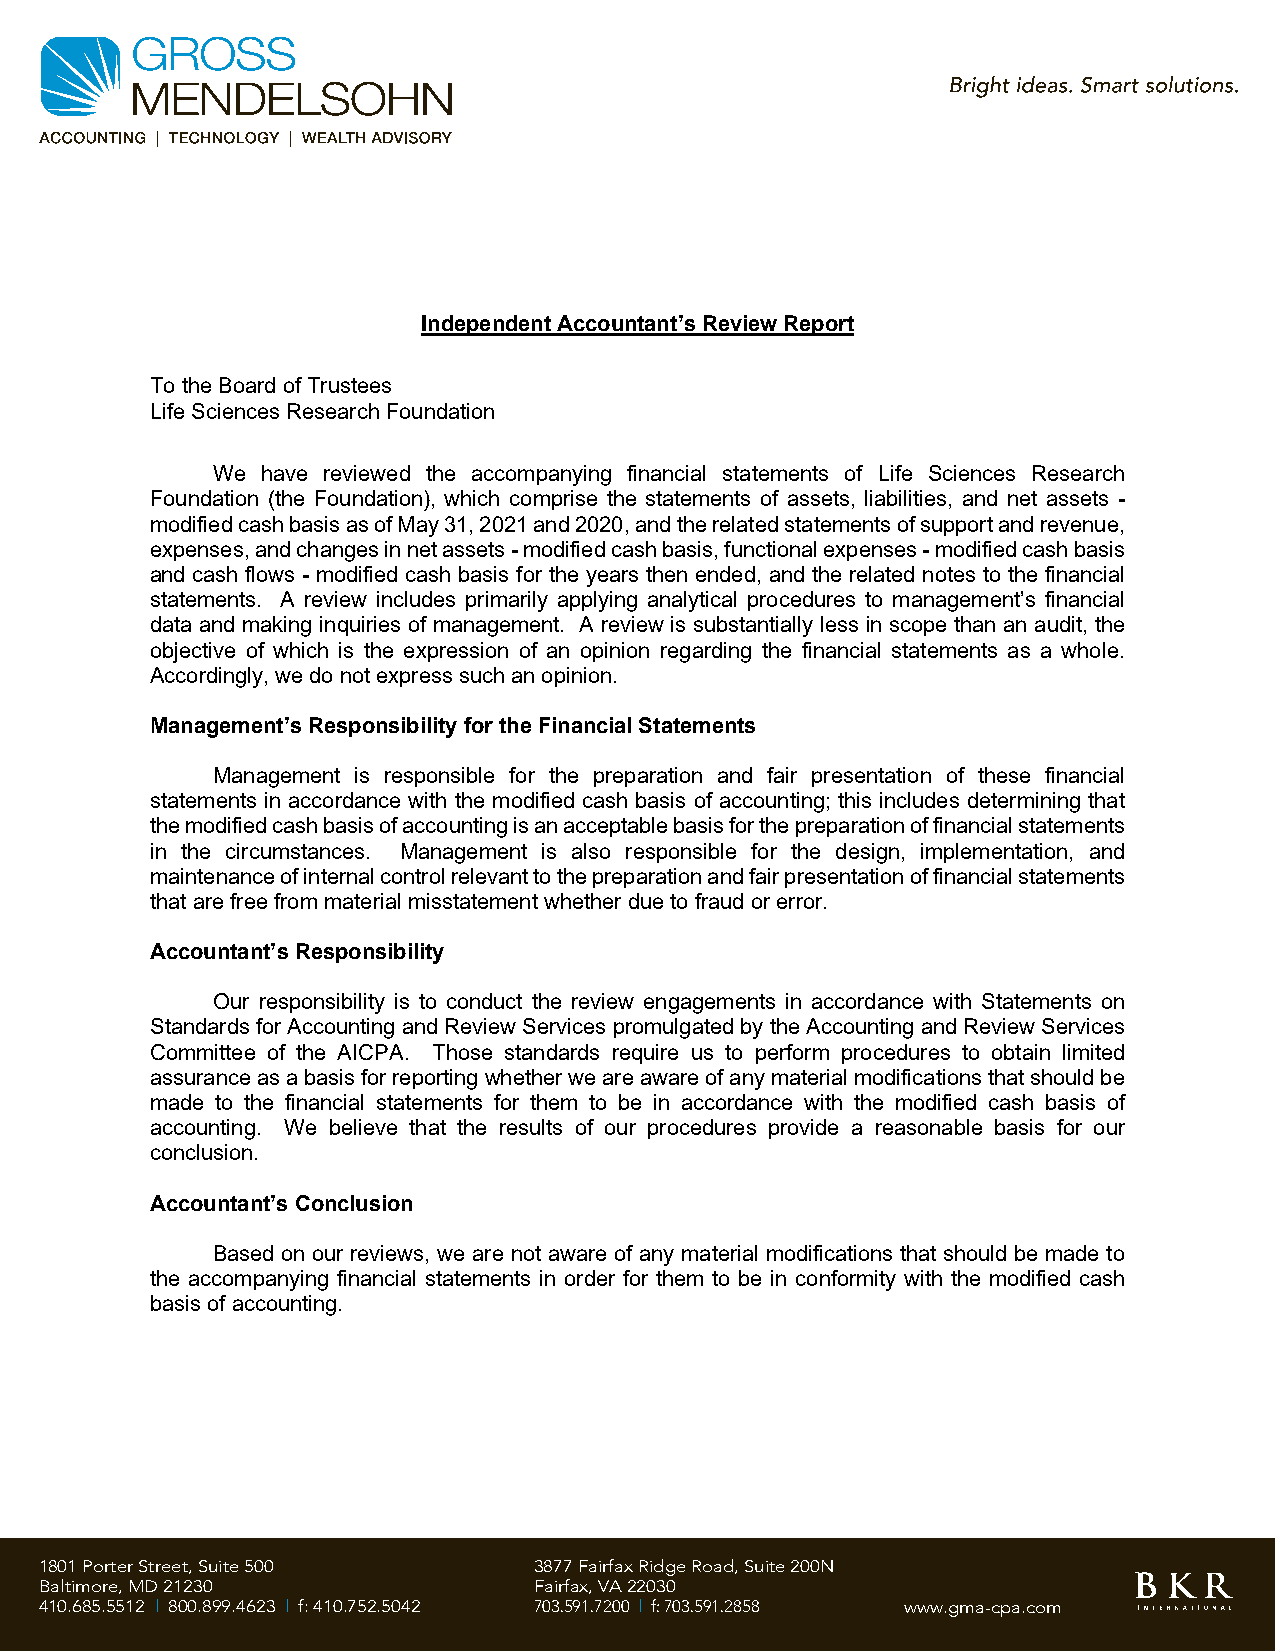
Independent Accountant’s Review Report
 To the Board of Trustees
 Life Sciences Research Foundation
 We have reviewed the accompanying financial statements of Life Sciences Research
 Foundation (the Foundation), which comprise the statements of assets, liabilities, and net assets -
 modified cash basis as of May 31, 2021 and 2020, and the related statements of support and revenue,
 expenses, and changes in net assets - modified cash basis, functional expenses - modified cash basis
 and cash flows - modified cash basis for the years then ended, and the related notes to the financial
 statements. A review includes primarily applying analytical procedures to management’s financial
 data and making inquiries of management. A review is substantially less in scope than an audit, the
 objective of which is the expression of an opinion regarding the financial statements as a whole.
 Accordingly, we do not express such an opinion.
 Management’s Responsibility for the Financial Statements
 Management is responsible for the preparation and fair presentation of these financial
 statements in accordance with the modified cash basis of accounting; this includes determining that
 the modified cash basis of accounting is an acceptable basis for the preparation of financial statements
 in the circumstances. Management is also responsible for the design, implementation, and
 maintenance of internal control relevant to the preparation and fair presentation of financial statements
 that are free from material misstatement whether due to fraud or error.
 Accountant’s Responsibility
 Our responsibility is to conduct the review engagements in accordance with Statements on
 Standards for Accounting and Review Services promulgated by the Accounting and Review Services
 Committee of the AICPA. Those standards require us to perform procedures to obtain limited
 assurance as a basis for reporting whether we are aware of any material modifications that should be
 made to the financial statements for them to be in accordance with the modified cash basis of
 accounting. We believe that the results of our procedures provide a reasonable basis for our
 conclusion.
 Accountant’s Conclusion
 Based on our reviews, we are not aware of any material modifications that should be made to
 the accompanying financial statements in order for them to be in conformity with the modified cash
 basis of accounting.
 1801 Porter St reet, Suite 500  3877 Fairfax Ridge Road, Suite 200N
 Baltimore, MD 21230             Fairfax, VA 22030
 410.685.5512 | 800.899.4623 | f: 410.752.5042 703.591.7200 | f: 703.591.2858 www.gma-cpa.com